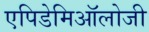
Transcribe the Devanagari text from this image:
एपिडेमिऑलोजी